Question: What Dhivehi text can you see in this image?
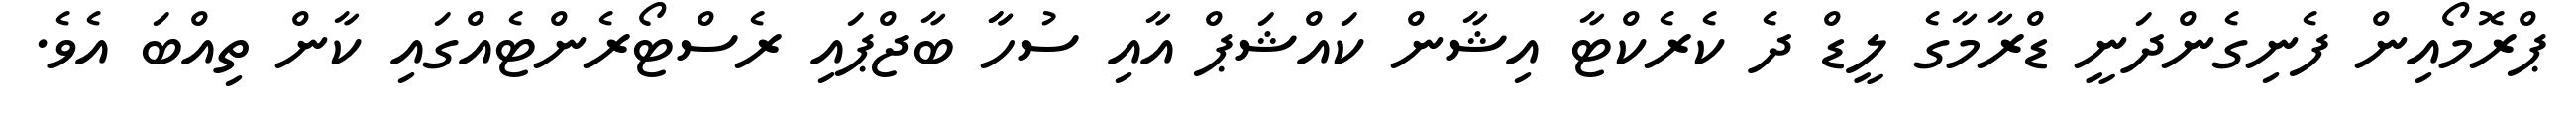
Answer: ޕްރޮމޯއިން ފެނިގެންދަނީ ޑްރާމާގެ ލީޑް ދެ ކެރެކްޓާ އިޝާން ކައްޝަޕް އާއި ސުހާާ ބާޖްޕައި ރެސްޓޯރެންޓެއްގައި ކާން ތިއްބަ އެވެ.